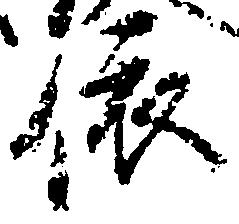
依